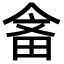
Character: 𤱭